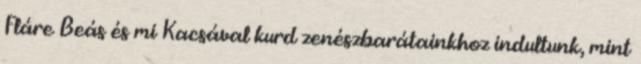
Fláre Beás és mi Kacsával kurd zenészbarátainkhoz indultunk, mint